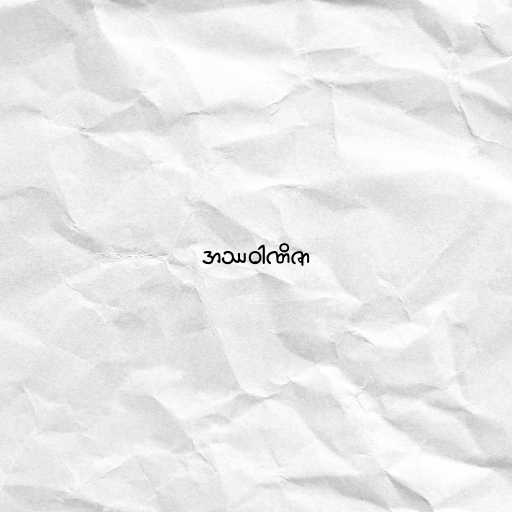
အဿဝါဏိဇာ